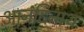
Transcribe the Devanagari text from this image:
आनंदिनाथ